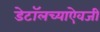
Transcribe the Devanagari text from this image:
डेटॉलच्याऐवजी